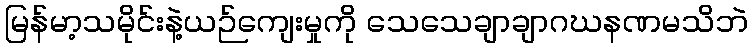
မြန်မာ့သမိုင်းနဲ့ယဉ်ကျေးမှုကို သေသေချာချာဂဃနဏမသိဘဲ